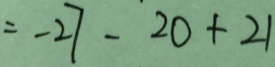
= - 2 7 - 2 0 + 2 1